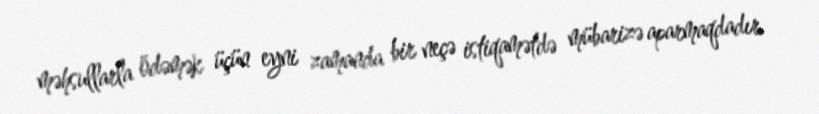
məhsullarla ödəmək üçün eyni zamanda bir neçə istiqamətdə mübarizə aparmaqdadır.